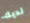
لديك